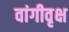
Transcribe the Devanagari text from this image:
वांगीवृक्ष